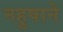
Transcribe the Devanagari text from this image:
नहुषाने